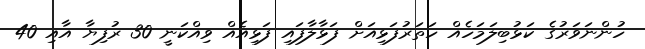
ހުންނަވަރުގެ ކަޅުބިލަމަހެއް ހަތަރުފަޅިއަށް ފަޅާލާފައި ފަޅިއެއް ވިއްކަނީ 30 ރުފިޔާ އާއި 40